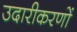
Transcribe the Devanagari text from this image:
उदारीकरणों